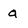
Character: a